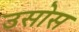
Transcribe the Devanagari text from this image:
उसोस